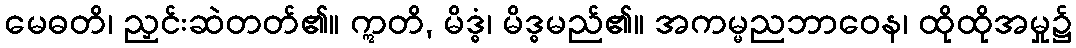
မေဓတိ၊ ညှင်းဆဲတတ်၏။ ဣတိ, မိဒ္ဓံ၊ မိဒ္ဓမည်၏။ အကမ္မညဘာဝေန၊ ထိုထိုအမှု၌